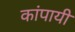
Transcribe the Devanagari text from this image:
कांपायी